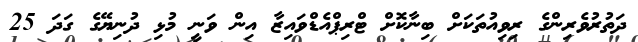
ދަތުރުވެރިންގެ ރިވިއުތަކަށް ބިނާކޮށް ޓްރިޕްއެޑްވައިޒާ އިން ވަނީ މުޅި ދުނިޔޭގެ ގަދަ 25